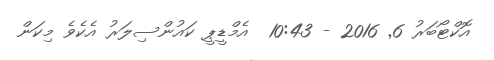
އޮކްޓޯބަރު 6